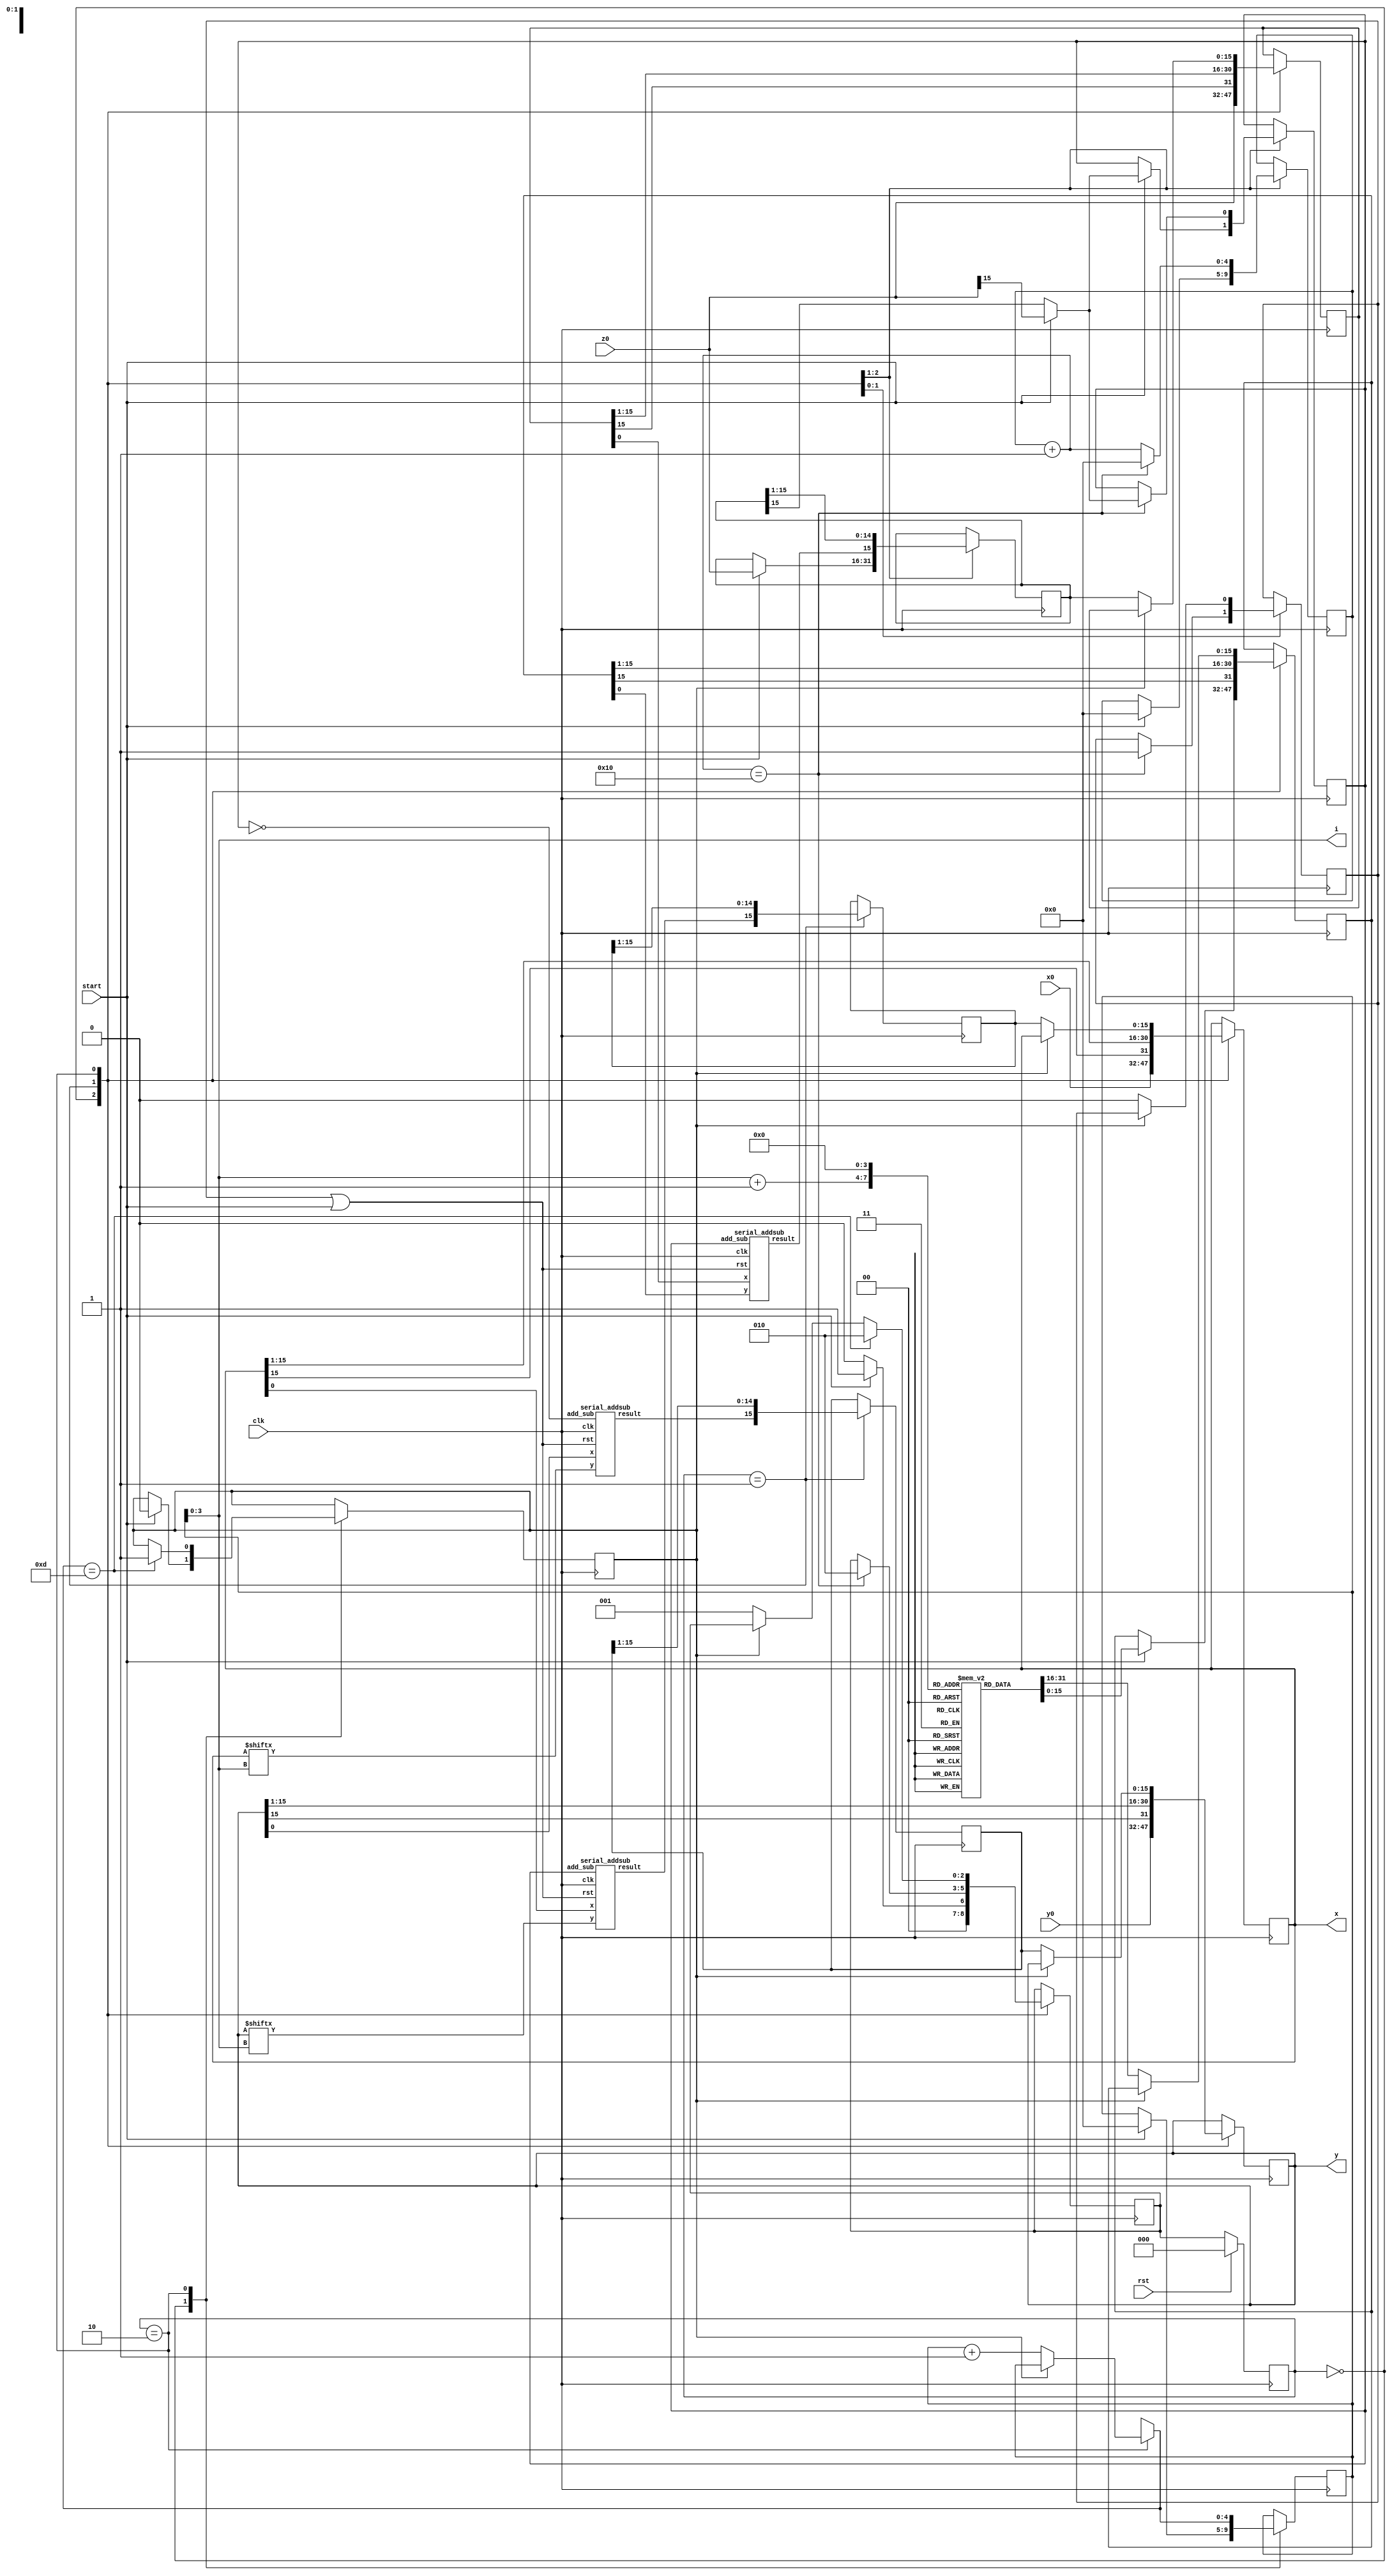
module cordic( output [3:0] i,
output reg signed [15:0] x,
output reg signed [15:0] y,
input signed [15:0] x0,y0,z0,
input start,
input clk,
input rst
);
   reg signed [15:0] ROM [0:15];
   reg signed [15:0] rom_content, x_result, y_result, z_result;
   reg signed [15:0] z;
   wire signed  xin, yin;
   reg done, addsub;
   wire signed xout, yout, zout;
   wire rst_bit;
   reg load_next;
   wire signtoctrl;
   reg [4:0] iter_counter, shift_counter;
  // wire sign;
   initial begin
	  ROM[0] <= 16'b0011001001000100;
      ROM[1] <= 16'b0001110110101100;
      ROM[2] <= 16'b0000111110101110;
      ROM[3] <= 16'b0000011111110101;
      ROM[4] <= 16'b0000001111111111;
      ROM[5] <= 16'b0000001000000000;
      ROM[6] <= 16'b0000000100000000;
      ROM[7] <= 16'b0000000010000000;
      ROM[8] <= 16'b0000000001000000;
      ROM[9] <= 16'b0000000000100000;
      ROM[10] <= 16'b0000000000010000;
      ROM[11] <= 16'b0000000000001000;
      ROM[12] <= 16'b0000000000000100;
      ROM[13] <= 16'b0000000000000010;
      ROM[14] <= 16'b0000000000000001;
      ROM[15] <= 16'b0000000000000000; 
   end
   assign xin = x[i];
   assign yin = y[i];
   assign signtoctrl = start? z0[15] : z_result[15]; 
   assign rst_bit = load_next|start;
   serial_addsub AS1 (xout,x[0],yin,addsub,rst_bit,clk);
   serial_addsub AS2 (yout,y[0],xin,~addsub,rst_bit,clk);
   serial_addsub AS3 (zout,z[0],rom_content[0],addsub,rst_bit,clk);
   //control CONTROL (done,load_next,iter_counter,shift_counter,addsub,signtoctrl,start,clk);
   
   initial addsub = 0;
   
   reg[2:0] state;
   reg[2:0] nextstate;

   initial
   begin
       state = 0;
       nextstate = 0;
   end
   
  always @(posedge clk) begin
  case(state)
  0: begin
    x <= x0;
    y <= y0;
    z <= z0;
    if (start) begin 
       z_result <= z0;
       rom_content <= ROM[0]; 
       iter_counter = 0;
       shift_counter = 0;
       done = 0;
       addsub = signtoctrl;
       nextstate = 1;
      end
      else begin 
        nextstate = 0;
      end
  end
  1: begin
       shift_counter = shift_counter + 1;
       x_result <= {xout, x_result[15:1]};
       y_result <= {yout, y_result[15:1]};
       z_result <= {zout, z_result[15:1]};
       x <= x >>> 1;
       y <= y >>> 1;
       z <= z >>> 1;
       rom_content <= rom_content >>> 1;
             
       if (shift_counter == 16) begin
              shift_counter = 0;
              load_next = 1;
              addsub = signtoctrl;
              nextstate = 2;
        end
  end
  2: begin
  if (~done)begin
  load_next = 0;
   iter_counter = iter_counter + 1;
   x <= x_result;
   y <= y_result;
   z <= z_result;
   rom_content <= ROM[i+1];
   nextstate = 1;
   end
  /* else begin
    x <= x_result;
     y <= y_result;
     z <= z_result;
   end*/
   if (iter_counter == 13) begin
        nextstate = 2;
      done = 1;
    end
  end
  endcase
  
  end

  always @(posedge clk)
  begin
      if (rst)
          state <= 0;
      else
          state <= nextstate;
  end
 
  assign i = iter_counter[3:0];


 //Datapath
 /*  always @(posedge clk) begin
    if(start) begin
    x <= x0;
    y <= y0;
    z <= z0;
    z_result <= z0;
    rom_content <= ROM[0]; 
    
      end
    else if (~done) begin
    
	 if (load_next) begin
	    x <= x_result;
	    y <= y_result;
	    z <= z_result;
	    rom_content <= ROM[i+1];
	 end
	 else begin
	    x_result <= {xout, x_result[15:1]};
        y_result <= {yout, y_result[15:1]};
        z_result <= {zout, z_result[15:1]};
        x <= x >>> 1;
        y <= y >>> 1;
        z <= z >>> 1;
        rom_content <= rom_content >>> 1;
	 end
    end
    
   end
   assign i = iter_counter[3:0];*/
endmodule 

module control( output reg done,
			  output load_next,
			  output reg [4:0] iter_counter,
			  output reg [4:0] shift_counter,
			  output reg plus,
			  input sign,
			  input start,
			  input clk);
    initial plus = 0;
    
    reg[2:0] state;
    reg[2:0] nextstate;
    reg rst;
    
    initial
    begin
        state = 0;
        nextstate = 0;
        rst = 0;
    end
    
   always @(posedge clk) begin
   case(state)
   0: begin
     if (start) begin 
        iter_counter = 0;
        shift_counter = 0;
        done = 0;
        plus = sign;
        nextstate = 1;
       end
       else begin 
         nextstate = 0;
        end
   end
   1: begin
    if(done) begin
        nextstate = 2;
    end
    else begin
        shift_counter = shift_counter + 1;
        if (shift_counter > 16) begin
               shift_counter = 0;
               iter_counter = iter_counter + 1;
               plus = sign;
        end
         if (iter_counter == 13) begin
               done = 1;
         end
         nextstate = 1;
    end
   end
   2: begin
    if(rst)begin
        nextstate = 0;
    end
   end
   endcase
   end
   
   always @(posedge clk)
   begin
       if (rst)
           state <= 0;
       else
           state <= nextstate;
   end
   
   //assign load_next = (shift_counter == 16);
endmodule



module serial_addsub( output result,
 input x,
 input y,
 input add_sub,
 input rst,
 input clk);
   reg 			   cin = 0;
   wire 		   cout;
   assign result = x^y^cin;
   assign cout = add_sub ? (x&y)|(cin&(x|y)) : (((~x)&cin)|((~x)&y)|(y&cin));
   always @(posedge clk) begin
      if (rst) cin <= 0;
      else cin <= cout;
   end
endmodule


module controller( output reg done,
			  output load_next,
			  output reg [4:0] iter_counter,
			  output reg [4:0] shift_counter,
			  output reg plus,
			  input sign,
			  input start,
			  input clk);
    initial plus = 0;
   always @(posedge clk) begin
      if (start) begin 
	 iter_counter = 0;
	 shift_counter = 0;
	 done = 0;
	 plus = sign;
      end
      else if (~done) begin
	    shift_counter = shift_counter + 1;
	   if (shift_counter == 17) begin
	       shift_counter = 0;
	       iter_counter = iter_counter + 1;
	       plus = sign;
	    end
	   if (iter_counter == 13) begin
	       done = 1;
	   end
      end
   end
   assign load_next = (shift_counter == 16);
endmodule